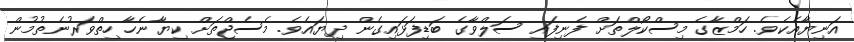
އަނިޔާއެކެވެ. ހަމްޒާގެ މިސްކޯލްތަށް ފެނިފައި ސަލްވާގެ ބަޑިފަޅައިގެން ދިޔައެވެ. މެސެޖްތަށް ކިޔާނެހާ ހިތްވަރުނެތުމުން